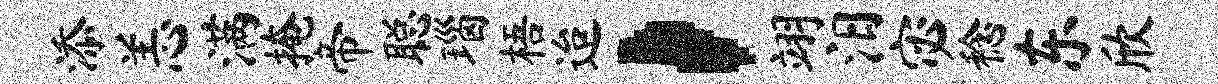
添恙满掩帝聪瑙梧迨，翊汨宓稔东欣